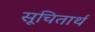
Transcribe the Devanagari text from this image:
सूचितार्थ